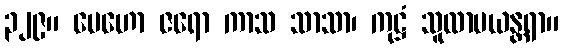
၃၂၉။ မေဟော ဇရော ကာသ သာသာ၊ ကုဋ္ဌံ သူလာမယန္တရာ။